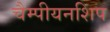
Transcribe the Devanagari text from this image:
चैम्पीयनशिप